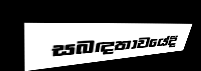
සබඳතාවයේදී